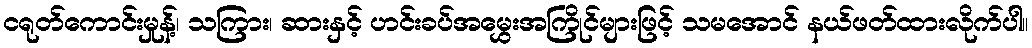
ငရုတ်ကောင်းမှုန့်၊ သကြား၊ ဆားနှင့် ဟင်းခပ်အမွှေးအကြိုင်များဖြင့် သမအောင် နယ်ဖတ်ထားလိုက်ပါ။